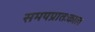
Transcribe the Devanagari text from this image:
समयप्रातःकाल